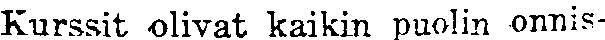
Kurssit olivat kaikin puolin onnis-